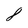
Character: 8